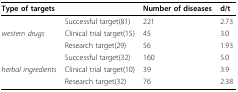
<table><thead><tr><td colspan="2"><b>Type of targets</b></td><td><b>Number of diseases</b></td><td><b>d/t</b></td></tr></thead><tbody><tr><td>[EMPTY_CELL]</td><td>Successful target(81)</td><td>221</td><td>2.73</td></tr><tr><td><i>western drugs</i></td><td>Clinical trial target(15)</td><td>45</td><td>3.0</td></tr><tr><td>[EMPTY_CELL]</td><td>Research target(29)</td><td>56</td><td>1.93</td></tr><tr><td>[EMPTY_CELL]</td><td>Successful target(32)</td><td>160</td><td>5.0</td></tr><tr><td><i>herbal ingredients</i></td><td>Clinical trial target(10)</td><td>39</td><td>3.9</td></tr><tr><td>[EMPTY_CELL]</td><td>Research target(32)</td><td>76</td><td>2.38</td></tr></tbody></table>